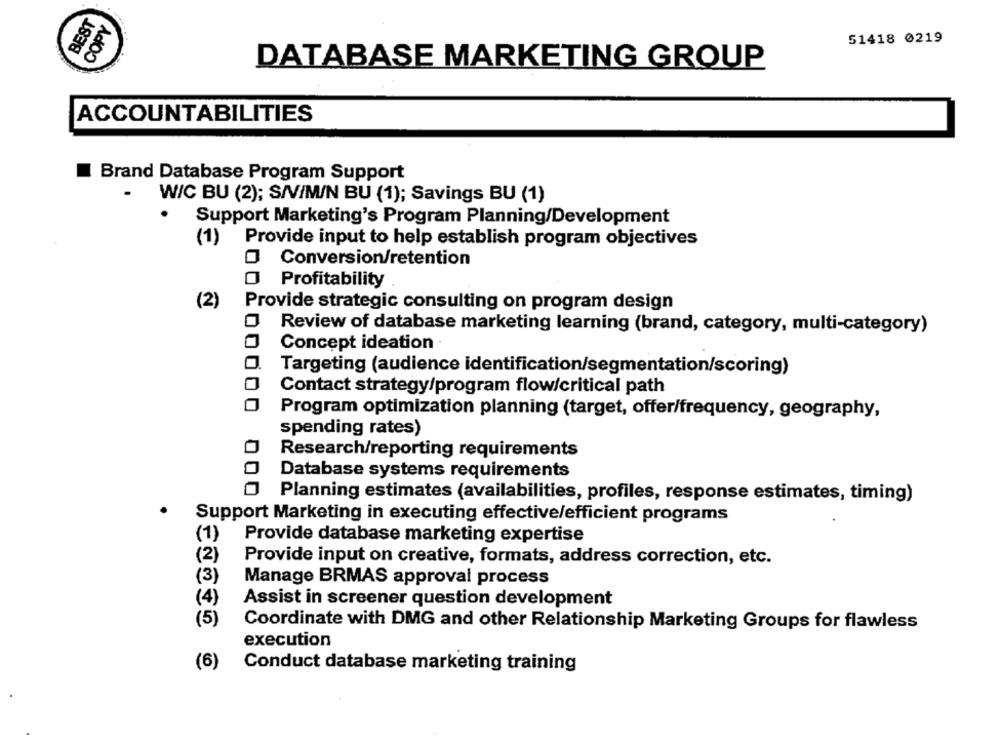
BEST
COPY
51418 0219
DATABASE MARKETING GROUP
ACCOUNTABILITIES
Brand Database Program Support
W/C BU (2); S/V/M/N BU (1); Savings BU (1)
Support Marketing's Program Planning/Development
(1) Provide input to help establish program objectives
O Conversion/retention
O Profitability
(2)
Provide strategic consulting on program design
Review of database marketing learning (brand, category, multi-category)
Concept ideation
Targeting (audience identification/segmentation/scoring)
Contact strategy/program flow/critical path
Program optimization planning (target, offer/frequency, geography,
spending rates)
Research/reporting requirements
Database systems requirements
00
Planning estimates (availabilities, profiles, response estimates, timing)
Support Marketing in executing effective/efficient programs
(1)
Provide database marketing expertise
(2)
Provide input on creative, formats, address correction, etc.
(3)
Manage BRMAS approval process
(4)
Assist in screener question development
(5)
Coordinate with DMG and other Relationship Marketing Groups for flawless
execution
(6)
Conduct database marketing training